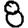
Digit: 8